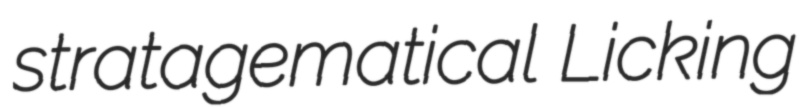
stratagematical Licking